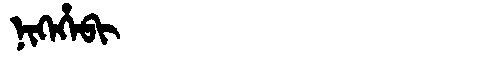
Manchu: ᠨᡳᡴᡝᡥᡝᠪᡳ
Romanization: NIKEHEBI